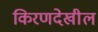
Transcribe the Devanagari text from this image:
किरणदेखील